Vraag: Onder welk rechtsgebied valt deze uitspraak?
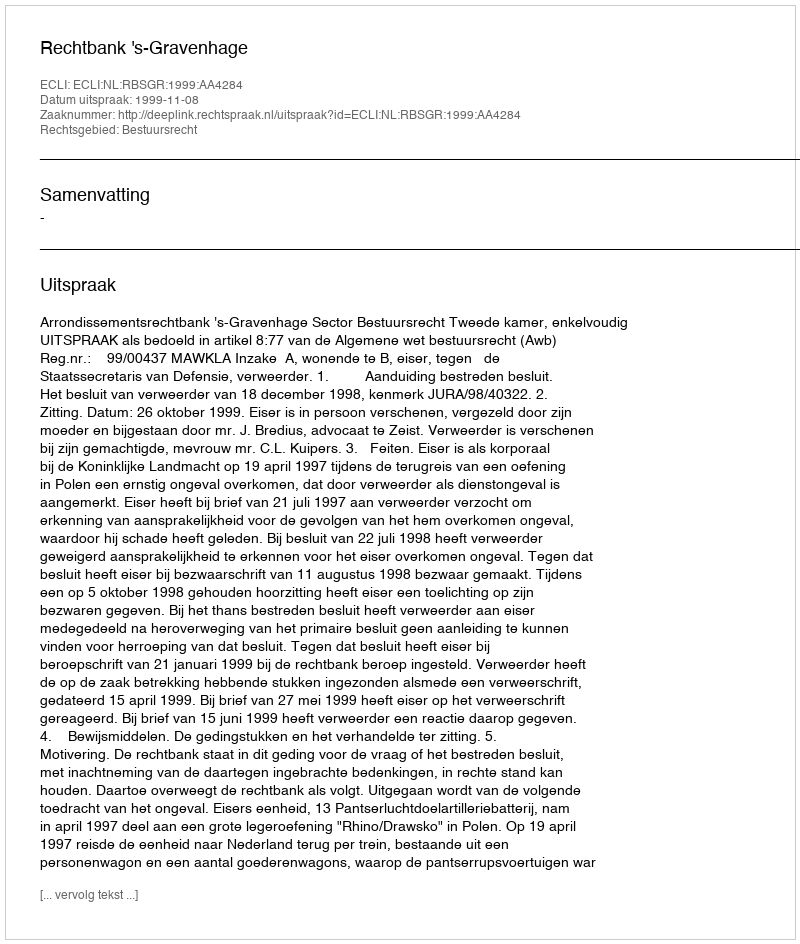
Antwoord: Bestuursrecht